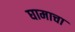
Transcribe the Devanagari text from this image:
घामाचा